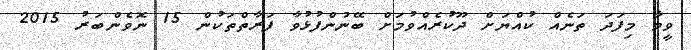
ވީމާ މިފަދަ ތަނެއް ކުއްޔަށް ދޫކުރެއްވުމަށް ބޭނުންފުޅުވާ ފަރާތްތަކުން 15 ނޮވެންބަރު 2015